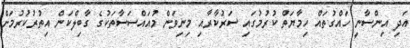
އަދި އިންސާނީ ހައްގުތައް ހިމާޔަތް ކުރުމުގައި ސަރުކާރާއި މިނިވަން މުއައްސަސާތަކުގެ ގާބިލްކަން އިތުރުކުރުމަށް